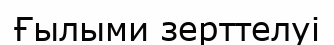
Ғылыми зерттелуі